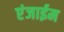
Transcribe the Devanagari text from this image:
एंजाईम